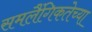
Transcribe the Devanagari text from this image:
समलैंगिकतेच्या